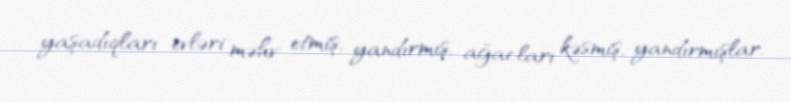
yaşadıqları evləri məhv etmiş, yandırmış, ağacları kəsmiş, yandırmışlar.